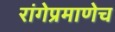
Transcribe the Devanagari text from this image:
रांगेप्रमाणेच